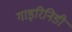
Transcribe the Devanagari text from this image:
गाइरिनिडी